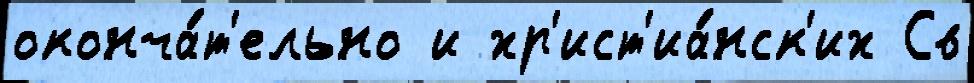
оконча́т'ельно и хр'ист'иа́нск'их Св